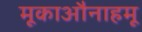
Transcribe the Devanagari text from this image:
मूकाऔनाहमू